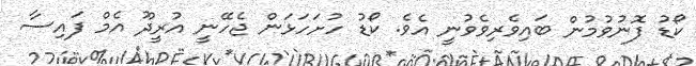
ކޯޑު ފޮނުވުމުން ބައިވެރިވެވުނީ އެވެ. ކޯޑު ހުށަހަޅަން ޖެހޭނީ އުރީދޫ އެމް ފައިސާ